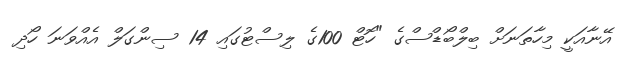
އޭނާއަކީ މިހާތަނަށް ބިލްބޯޑްސްގެ "ހޮޓް 100ގެ ލިސްޓުގައި 14 ސިންގަލް އެއްވަނަ ހޯދި